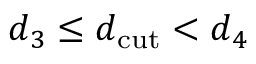
d _ { 3 } \leq d _ { \mathrm { c u t } } < d _ { 4 }